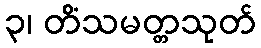
၃၊ တိံသမတ္တသုတ်